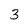
Character: 3